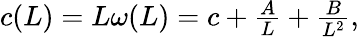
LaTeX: \begin{array}{r}{c(L)=L\omega(L)=c+\frac{A}{L}+\frac{B}{L^{2}},}\end{array}